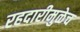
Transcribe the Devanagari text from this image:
रहदारीमुळेच